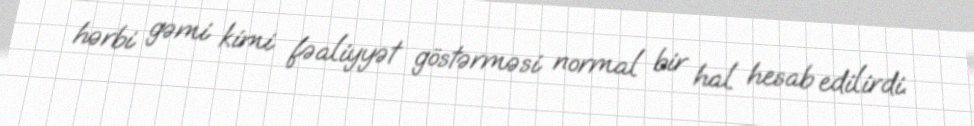
hərbi gəmi kimi fəaliyyət göstərməsi normal bir hal hesab edilirdi.